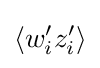
\langle w'_{i}z'_{i}\rangle